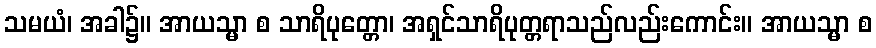
သမယံ၊ အခါ၌။ အာယသ္မာ စ သာရိပုတ္တော၊ အရှင်သာရိပုတ္တရာသည်လည်းကောင်း။ အာယသ္မာ စ